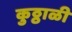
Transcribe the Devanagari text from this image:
कुठ्ठाळी